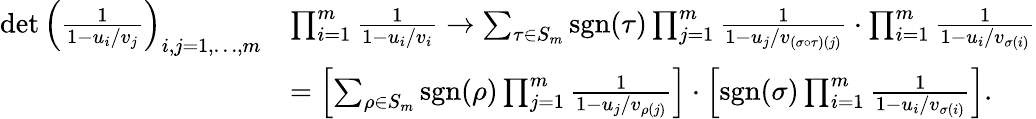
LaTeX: \begin{array}{rl}{\operatorname*{det}\left(\frac{1}{1-u_{i}/v_{j}}\right)_{i,j=1,\dots,m}}&{\prod_{i=1}^{m}\frac{1}{1-u_{i}/v_{i}}\rightarrow\sum_{\tau\in S_{m}}{\mathrm{sgn}}(\tau)\prod_{j=1}^{m}\frac{1}{1-u_{j}/v_{(\sigma\circ\tau)(j)}}\cdot\prod_{i=1}^{m}\frac{1}{1-u_{i}/v_{\sigma(i)}}}\\ &{=\left[\sum_{\rho\in S_{m}}{\mathrm{sgn}}(\rho)\prod_{j=1}^{m}\frac{1}{1-u_{j}/v_{\rho(j)}}\right]\cdot\left[{\mathrm{sgn}}(\sigma)\prod_{i=1}^{m}\frac{1}{1-u_{i}/v_{\sigma(i)}}\right].}\end{array}